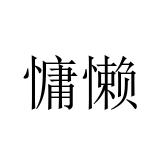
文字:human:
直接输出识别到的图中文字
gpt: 慵懒